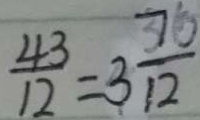
\frac { 4 3 } { 1 2 } = 3 \frac { 7 } { 1 2 }